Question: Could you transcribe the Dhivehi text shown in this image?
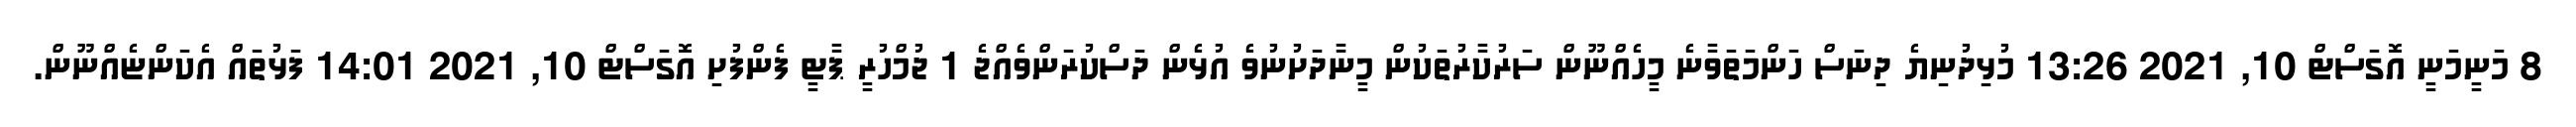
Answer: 8 މަނީމަނީ އޮގަސްޓް 10, 2021 13:26 މުޅިދުނިޔެ ދިނަސް ހަންމަތަވާނެ މީހެއްނޫން ސަރުކާރުތަކުން މީނާދަށުނުވެ އުޅެން ދަސްކުރަންވެއްޖެ 1 ޖުމްހުރީ ޕާޓީ ފެންފުށި އޮގަސްޓް 10, 2021 14:01 ފަޅުތައް އެކަންޏެއްނޫން.